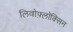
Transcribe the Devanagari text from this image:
लिवोफ़्लॉक्सिन